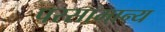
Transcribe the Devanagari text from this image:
परसामान्य